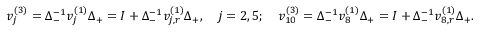
\begin{array} { r l } & { v _ { j } ^ { ( 3 ) } = \Delta _ { - } ^ { - 1 } v _ { j } ^ { ( 1 ) } \Delta _ { + } = I + \Delta _ { - } ^ { - 1 } v _ { j , r } ^ { ( 1 ) } \Delta _ { + } , \quad j = 2 , 5 ; \quad v _ { 1 0 } ^ { ( 3 ) } = \Delta _ { - } ^ { - 1 } v _ { 8 } ^ { ( 1 ) } \Delta _ { + } = I + \Delta _ { - } ^ { - 1 } v _ { 8 , r } ^ { ( 1 ) } \Delta _ { + } . } \end{array}